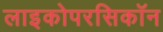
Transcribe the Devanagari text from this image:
लाइकोपरसिकॉन